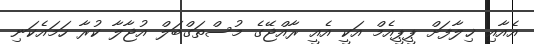
އެއާއި ޚިލާފަށް ޕީޕީއެމް އަކީ އެއީ ރާއްޖޭގެ މުސްތަގްބަލް އުޖާލާ ކުރާ ހަމައެކަނި